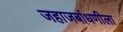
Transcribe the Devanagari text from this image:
जहाजबांधणीला